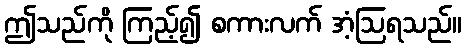
ဤသည်ကို ကြည့်၍ စကားလက် အံ့ဩရသည်။